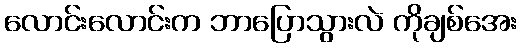
လောင်းလောင်းက ဘာပြောသွားလဲ ကိုချစ်အေး